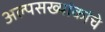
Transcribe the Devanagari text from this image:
अल्पसख्यांकांचे